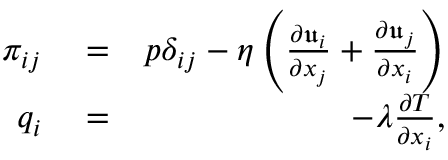
\begin{array} { r l r } { \pi _ { i j } } & { { } = } & { p \delta _ { i j } - \eta \left( \frac { \partial { \mathfrak u } _ { i } } { \partial x _ { j } } + \frac { \partial { \mathfrak u } _ { j } } { \partial x _ { i } } \right) } \\ { q _ { i } } & { { } = } & { - \lambda \frac { \partial T } { \partial x _ { i } } , } \end{array}